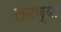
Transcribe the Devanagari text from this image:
लढण्या